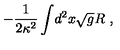
- { \frac { 1 } { 2 \kappa ^ { 2 } } } \int \! d ^ { 2 } x \sqrt g R \ ,